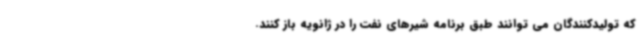
که تولیدکنندگان می توانند طبق برنامه شیرهای نفت را در ژانویه باز کنند.